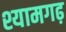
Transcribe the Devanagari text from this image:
श्यामगढ़